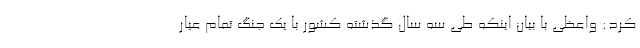
کرد: واعظی با بیان اینکه طی سه سال گذشته کشور با یک جنگ تمام عیار